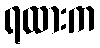
ရထားက